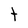
Character: t